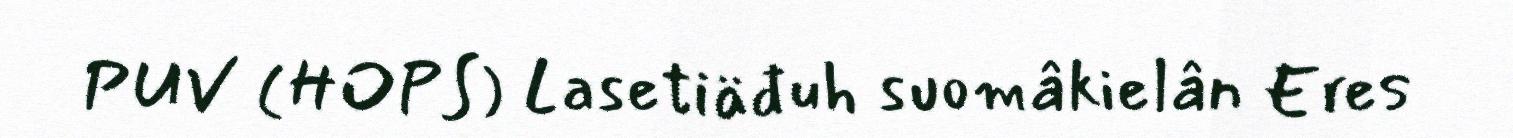
PUV (HOPS) Lasetiäđuh suomâkielân Eres